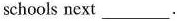
schools next___.